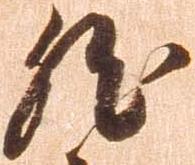
然